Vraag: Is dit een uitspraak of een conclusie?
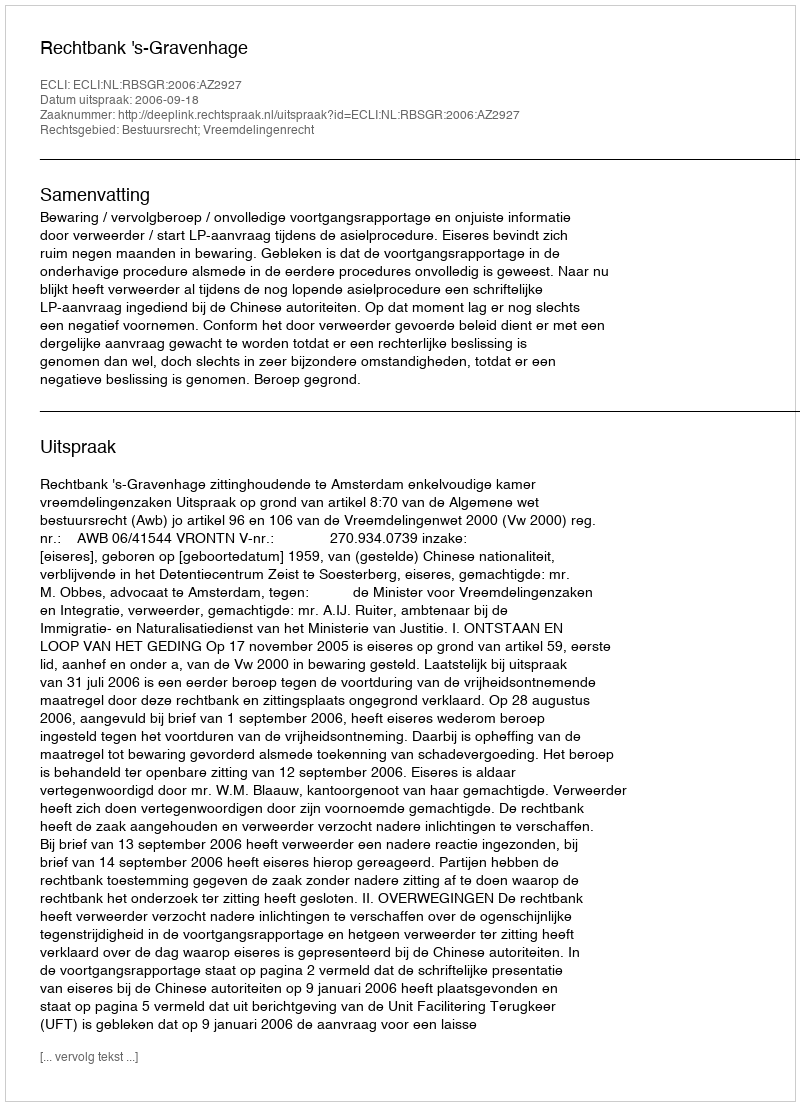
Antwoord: Uitspraak